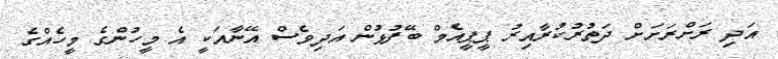
އަދި ރަށްރަށަށް ދަތުރުކުރާއިރު ޕީޕީއެމް ބޭފުޅުން އަދިވެސް އޭނާއަކީ އެ މީހުންގެ މީހެއްގެ